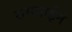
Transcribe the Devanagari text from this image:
समवाईने